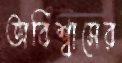
অবিশ্বাসের